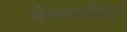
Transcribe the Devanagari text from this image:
बीजभाषणाशिवाय